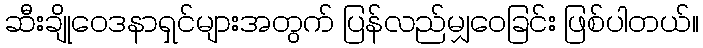
ဆီးချိုဝေဒနာရှင်များအတွက် ပြန်လည်မျှဝေခြင်း ဖြစ်ပါတယ်။